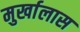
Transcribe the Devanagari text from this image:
मुर्खालास